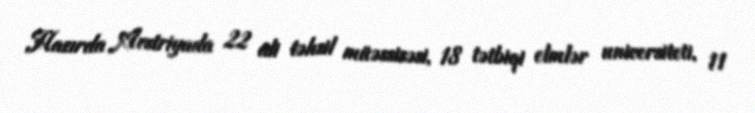
Hazırda Avstriyada 22 ali təhsil müəssisəsi, 18 tətbiqi elmlər universiteti, 11